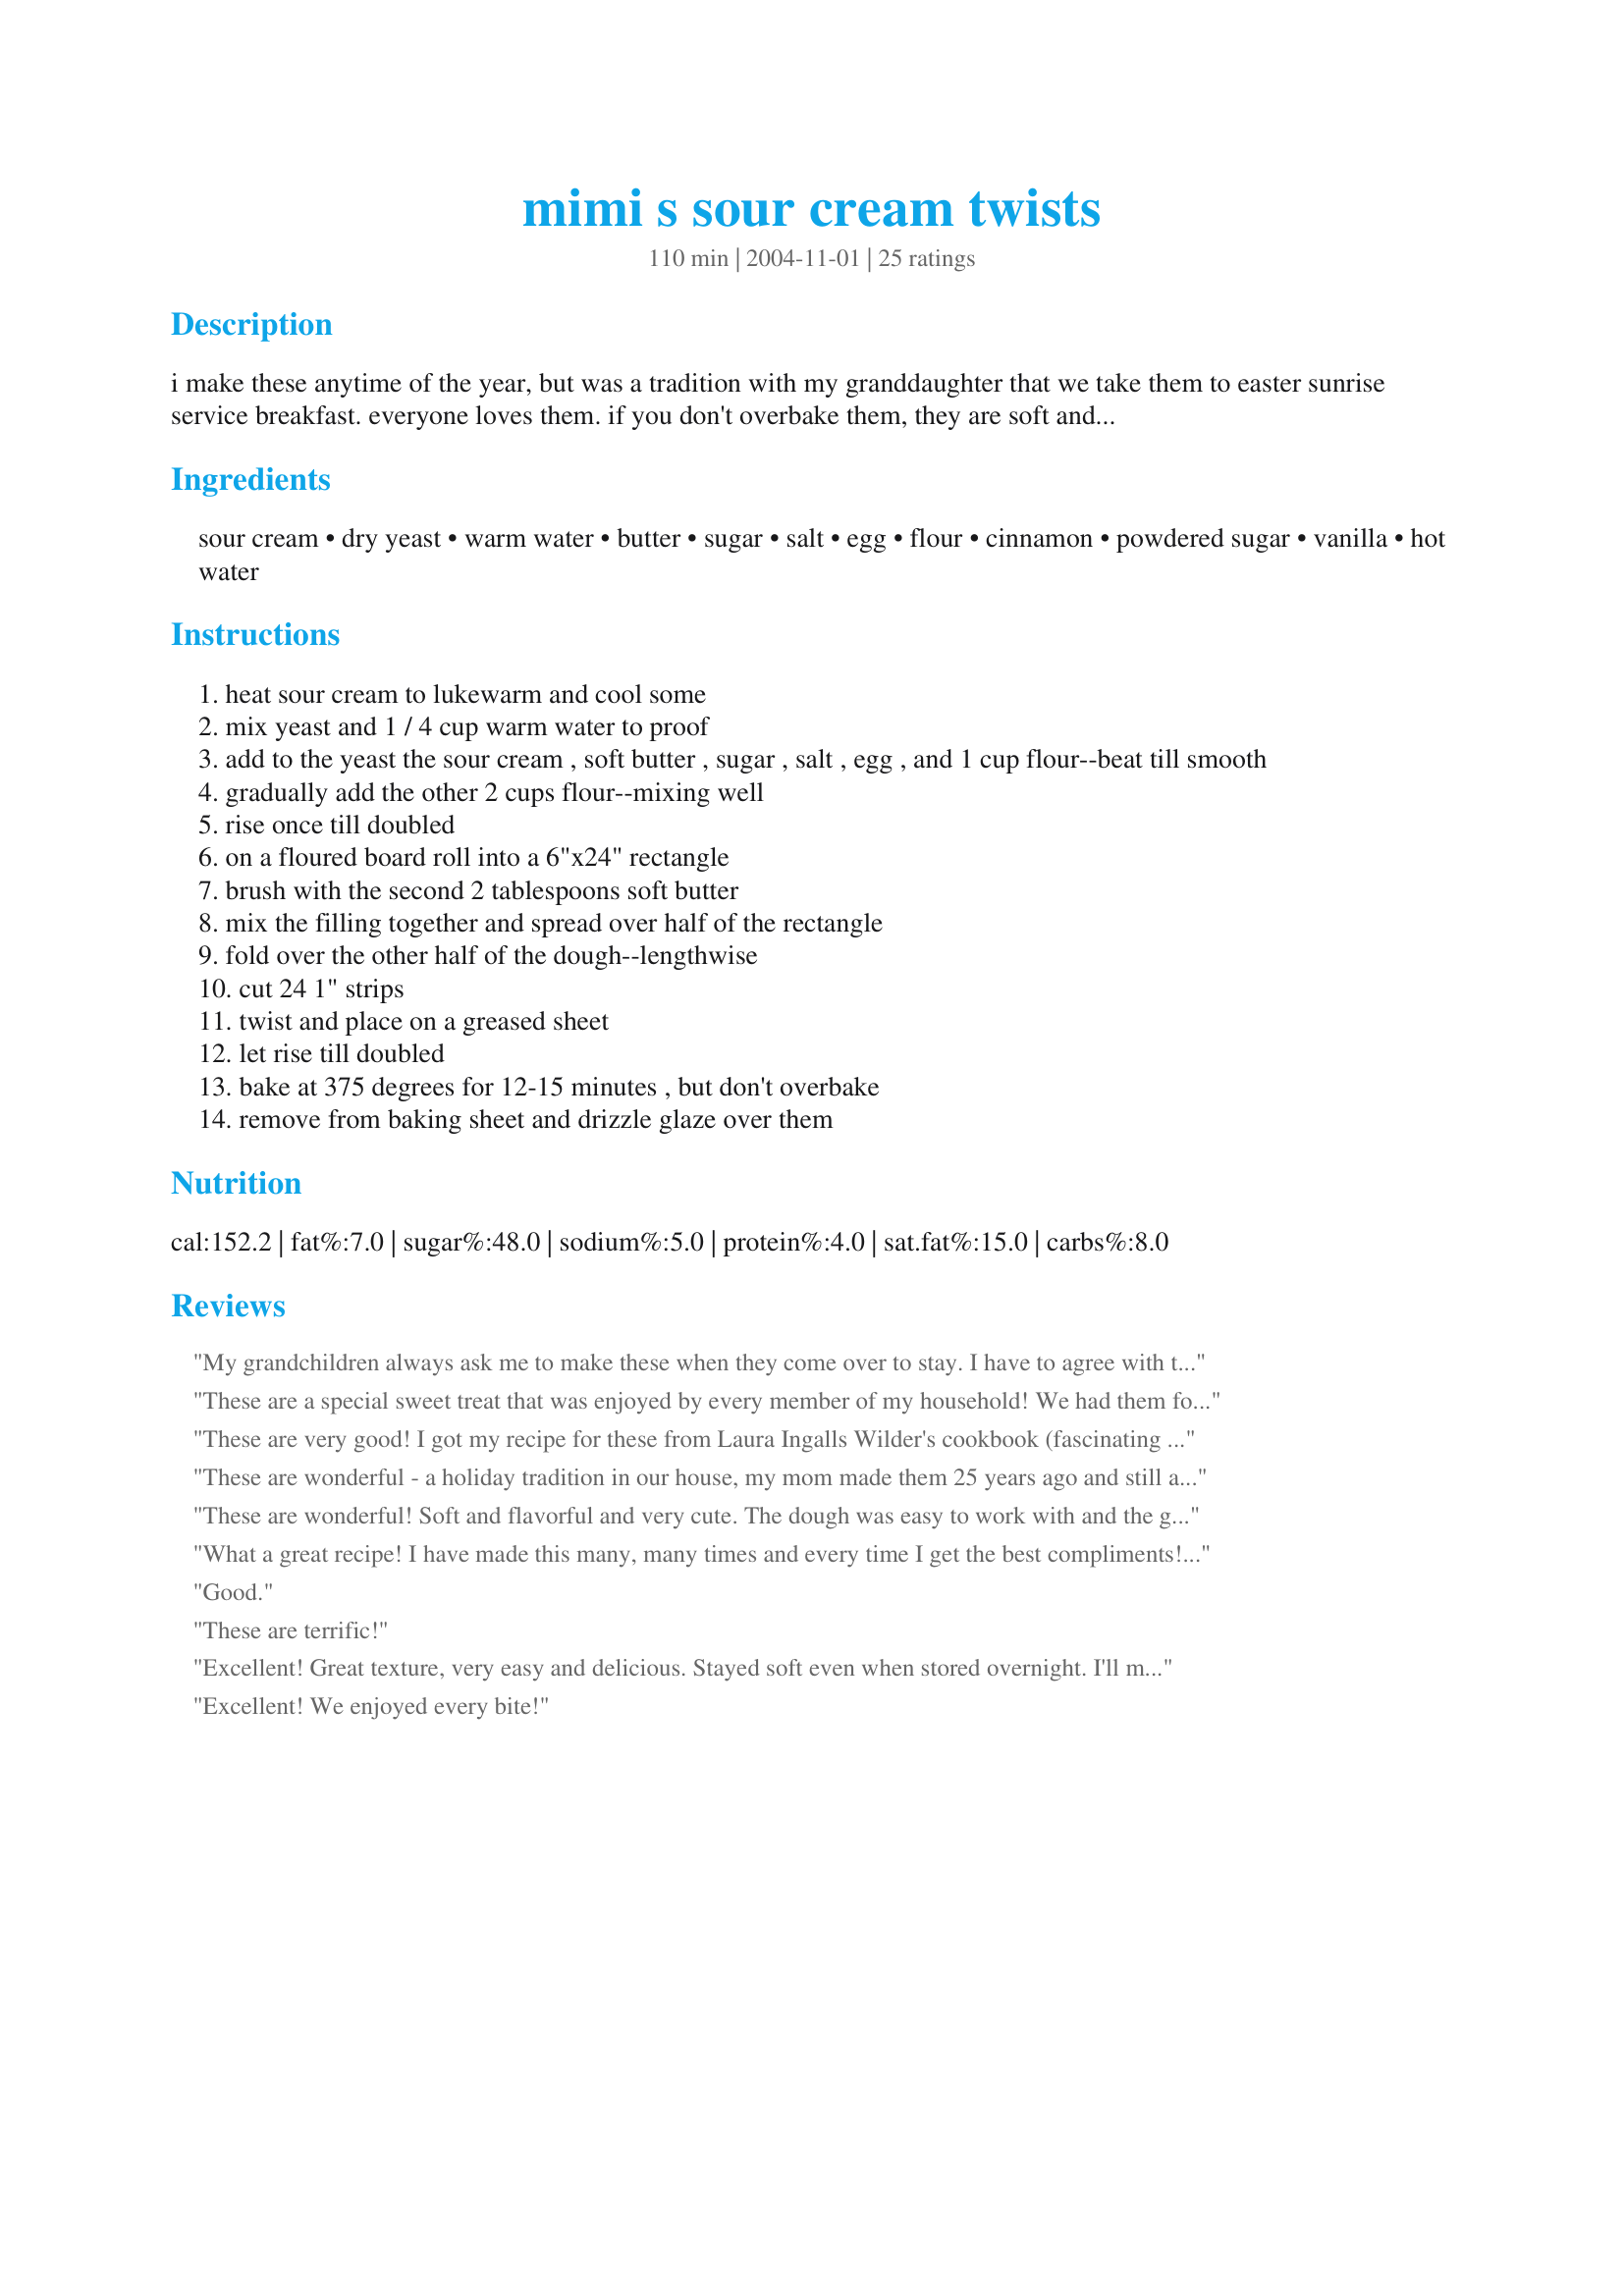
mimi s sour cream twists
Preparation time: 110 minutes

i make these anytime of the year, but was a tradition with my granddaughter that we take them to easter sunrise service breakfast. everyone loves them. if you don't overbake them, they are soft and tender and delicious with an icing. you'll make them again and again.

Ingredients:
sour cream, dry yeast, warm water, butter, sugar, salt, egg, flour, cinnamon, powdered sugar, vanilla, hot water

Steps:
heat sour cream to lukewarm and cool some
mix yeast and 1 / 4 cup warm water to proof
add to the yeast the sour cream , soft butter , sugar , salt , egg , and 1 cup flour--beat till smooth
gradually add the other 2 cups flour--mixing well
rise once till doubled
on a floured board roll into a 6"x24" rectangle
brush with the second 2 tablespoons soft butter
mix the filling together and spread over half of the rectangle
fold over the other half of the dough--lengthwise
cut 24 1" strips
twist and place on a greased sheet
let rise till doubled
bake at 375 degrees for 12-15 minutes , but don't overbake
remove from baking sheet and drizzle glaze over them

Reviews:
My grandchildren always ask me to make these when they come over to stay. I have to agree with them, they are delish! For variation, sometimes I mix in chopped nuts with the glaze. Great addition.
These are a special sweet treat that was enjoyed by every member of my household! We had them for breakfast, but they would be good any time of day. These are great to make when company is coming for the weekend, or for the holidays when you want something a little special to serve!
These are very good! I got my recipe for these from Laura Ingalls Wilder's cookbook (fascinating reading, also).
These are wonderful - a holiday tradition in our house, my mom made them 25 years ago and still a winner!
These are wonderful! Soft and flavorful and very cute. The dough was easy to work with and the glaze is really good. Thanks for posting!
What a great recipe! I have made this many, many times and every time I get the best compliments! I make these into mini twists that about finger length and they are great at parties - just the right size for carrying around. I am helping a friend with her mother's 80th birthday party later this month and will make these twists - some with sultanas, some with grated apple, some with chopped pecans and some just as the recipe states. Definitely a keeper! Thank you so much for posting.
Good.
These are terrific!
Excellent! Great texture, very easy and delicious. Stayed soft even when stored overnight. I'll make these again! Thanks for sharing the recipe!
Excellent! We enjoyed every bite!
I was looking for a recipe that didnt call for milk-found this one and Wow, is it ever good.
Keith loved these and took some into work with him today-he said to share but I have my doubts.
Fast and easy to put together, tender and cinnamony-a lovely balance of flavors, great icing!

Thanks for Posting,
Di ;-)
These disappeared fast!! They were very good and I'll have to make some more soon. I used only about 2 2/3 cups flour; everything else just as listed. They took quite awhile to rise (both risings) but my kitchen was fairly cool. Worth the wait anyway. Thanks for a KEEPER.
We loved this recipe. I have made this twice already and this last time I made it my twists came out perfect. After spreading the cinnamon/sugar combo on the rectangle I folded the dough once as indicated in the recipe. I cut the strips and then I folded each strip in half again and twisted on both ends, gently pulling to stretch. I also only used 1 tsp of butter on top of the dough. Otherwise, followed as written. This time around I made an orange glaze to put on top of the baked twists. I mixed 2 cups of powdered sugar with 1/4 cup orange juice and added zest to the mixture. Loved the result. Thanks mini for sharing!
I saw this and knew I HAD to make them and soon! What a great idea for breakfast for DH and I. We loved them so much that DH asked me to please make up a batch to bring into the office for the girls to try out! I guess you know that's a compliment coming from him!
Just excellent! I too could not get all the flour in I had to stop at about 2 3/4 cups of flour. Personally, I cannot see how anyone could over bake these, It was all I could do to just wait for them go the alloted time of 12 minutes. They are so soft and so good. Thanks for a great recipe!
These were SO good! I had company and wanted to make something good for brunch. These fit the bill and were totally enjoyed!
Divine! Easy! Just as tasty s Cinnamon Rolls but less caloric! They
lasted about 10 minuets! I will be making a batch just for me very soon.
I made them in my food processor. I think I'll use the dough recipe for all my sweet breads from now on.
Thanks for a fabulous recipe!
Breakfast time couldn't be better when your having one of these with a nice cup of ice coffee! Soft, and sweet and everything you are looking for to wake you up and put a smile on your face! Yum Te Dum!
I dont know why I have such a love/hate relationship with yeast doughs. I seem to really want to try to master them but I usually fail. This time I did A-OK with not killing the yeast and rising ability/patience in the dough. I had to add A LOT more flour, like at least a cup more, my dough was just ridiculously sticky and gooey. I don't know if this affected the flavor, as I am sure it did, but the flavor just wasn't there for me. I felt it was a lot of work for something I felt I could have gotten from frozen bread dough. The kids enjoyed them and they kept well on a recent camping trip I had made them for to bring for breakfast addition. I WILL attempt to make again however because when it comes to yeast doughs, I am a masochist ;)
These are heavenly! I shared my freshly-baked batch with neighbors who loved them just as we did. I stopped at 2 3/4 cups flour and later formed fourteen extra-large twists which were baked on two cookie sheets. Next time I'll bake the twists on parchment paper to keep them very light on the bottom. Thank you for posting this wonderful recipe!
Don't laugh at me but I couldn't do the twists :( I tried and tried. They kept unrolling themselves and stretch out of porpotion. I gave up so I just made them into cinnamon rolls instead. I baked them at 375 for 20 minutes. OMG!!! the bread is so tender, soft and just so good. This is a keeper recipe. I will do it again and the next time, I will attempt the twist again. Thank you for sharing this wonderful recipe. And if you have any tips on how to successful make them into twists, I would appreciate it.
The whole family went bonkers for these! What a great treat these were!
These are right at the top of my list to make again soon. They are a surefire favorite at my house already! Thank you for sharing!
These are true pleasure to our taste buds Mimi! My DD's informed me that I can make them a couple of times a week! I guess you know how much they loved them! I have to agree they are awesome! I loved the tenderness of the dough and the sweetness of the glaze along with the cinnamon. These are going in my favorites to be made again and again and enjoyed each time too! Thanks so much!
I prefer this recipe over the ones that call for shortening butter, less sour cream and more eggs.
